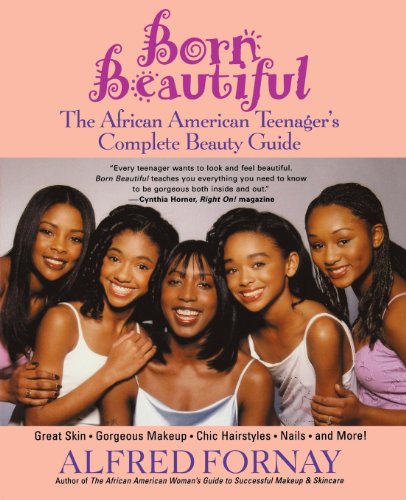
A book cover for Born Beautiful: The African American Teenager's Complete Beauty Guide; Alfred Fornay; Teen & Young Adult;